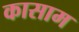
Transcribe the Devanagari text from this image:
कासाम